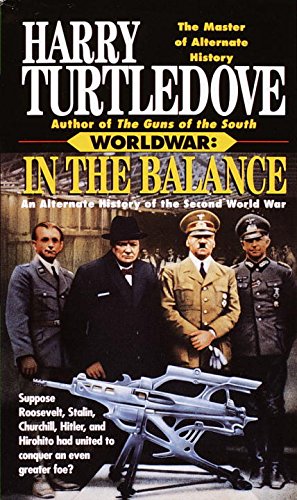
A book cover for In the Balance: An Alternate History of the Second World War (Worldwar, Volume 1); Harry Turtledove; Science Fiction & Fantasy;